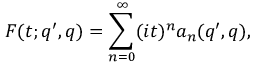
F ( t ; q ^ { \prime } , q ) = \sum _ { n = 0 } ^ { \infty } ( i t ) ^ { n } a _ { n } ( q ^ { \prime } , q ) ,